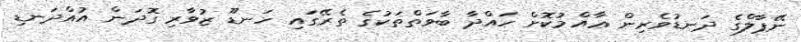
ނޭޕާލްގެ ދަނޑުވެރިން ޢާއްމުކޮށް ހައްދާ ބާވަތްތަކުގެ ތެރޭގައި ހަނޑޫ ޒުވާރި ގޮދަން އުއްދަނޑި